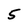
Character: 5